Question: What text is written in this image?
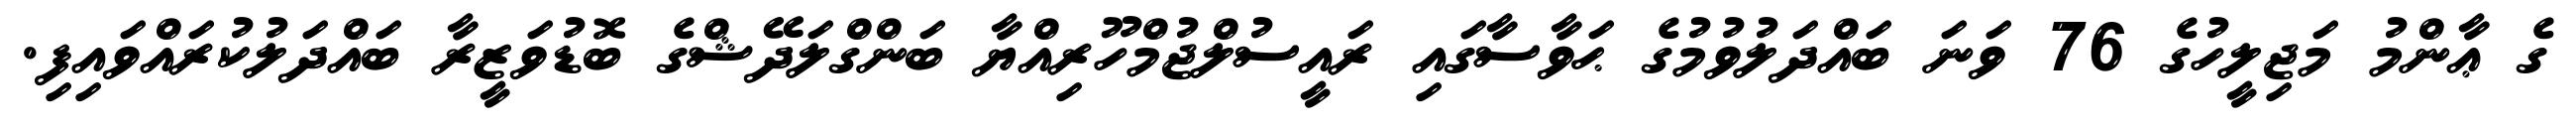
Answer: ގެ ޢާންމު މަޖިލީހުގެ 76 ވަނަ ބައްދަލުވުމުގެ ޙަވާސާގައި ރައީސުލްޖުމްހޫރިއްޔާ ބަންގްލަދޭޝްގެ ބޮޑުވަޒީރާ ބައްދަލުކުރައްވައިފި.